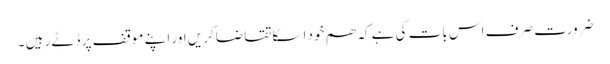
ضرورت صرف اس بات کی ہے کہ ھم خود اسکا تقاضا کریں اور اپنے موقف پر ڈٹے رہیں ۔